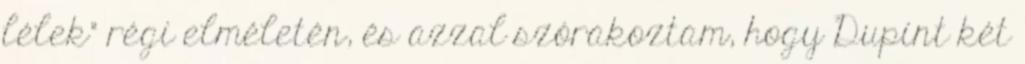
lélek" régi elméletén, és azzal szórakoztam, hogy Dupint két